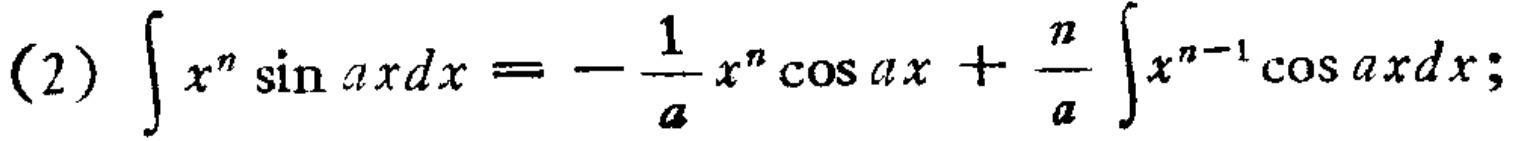
(2) \(\int x^{n}\sin axdx = -\frac{1}{a}x^{n}\cos ax+\frac{n}{a}\int x^{n - 1}\cos axdx;\)